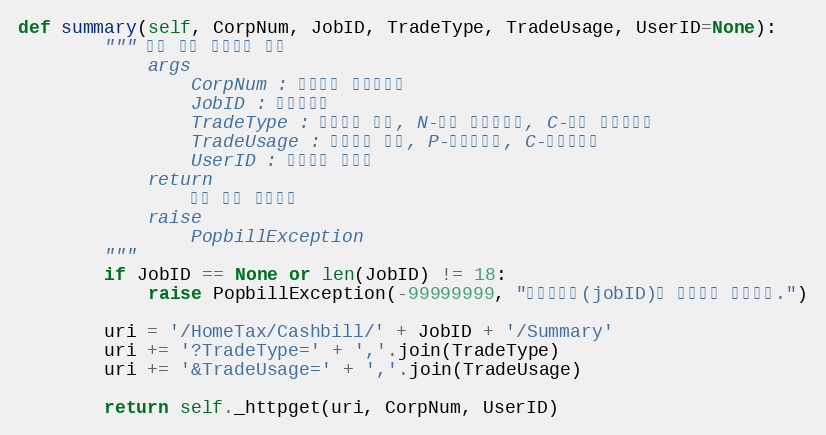
Language: Python
def summary(self, CorpNum, JobID, TradeType, TradeUsage, UserID=None):
        """ 수집 결과 요약정보 조회
            args
                CorpNum : 팝빌회원 사업자번호
                JobID : 작업아이디
                TradeType : 문서형태 배열, N-일반 현금영수증, C-취소 현금영수증
                TradeUsage : 거래구분 배열, P-소등공제용, C-지출증빙용
                UserID : 팝빌회원 아이디
            return
                수집 결과 요약정보
            raise
                PopbillException
        """
        if JobID == None or len(JobID) != 18:
            raise PopbillException(-99999999, "작업아이디(jobID)가 올바르지 않습니다.")

        uri = '/HomeTax/Cashbill/' + JobID + '/Summary'
        uri += '?TradeType=' + ','.join(TradeType)
        uri += '&TradeUsage=' + ','.join(TradeUsage)

        return self._httpget(uri, CorpNum, UserID)